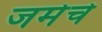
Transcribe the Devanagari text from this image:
जमेचे